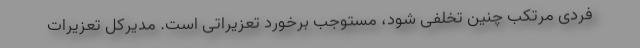
فردی مرتکب چنین تخلفی شود، مستوجب برخورد تعزیراتی است. مدیرکل تعزیرات